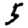
Digit: 5